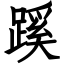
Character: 蹊